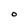
Character: O